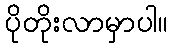
ပိုတိုးလာမှာပါ။